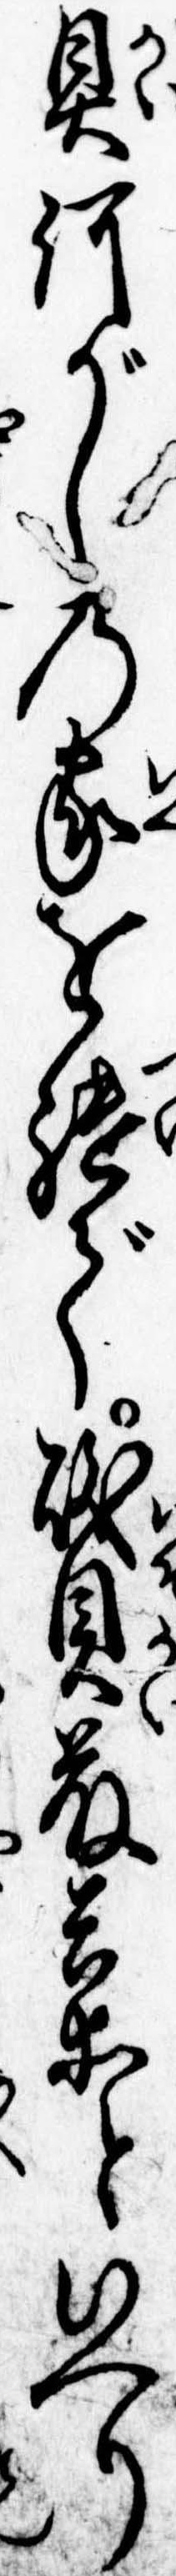
貝何がしの家を継で磯貝藤兵衛といへり